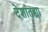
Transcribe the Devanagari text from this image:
देशांतह्या